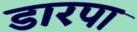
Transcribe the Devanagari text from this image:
डारपा